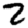
Digit: 2